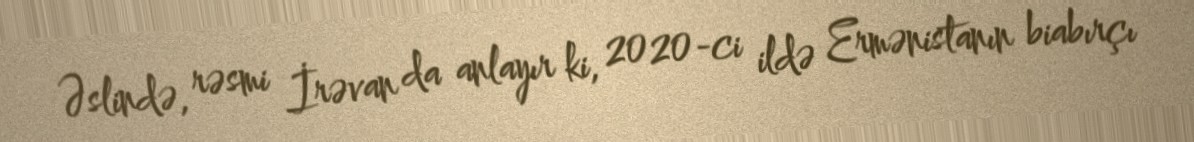
Əslində, rəsmi İrəvan da anlayır ki, 2020-ci ildə Ermənistanın biabırçı